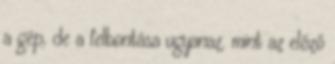
a gép, de a felbontása ugyanaz, mint az előző